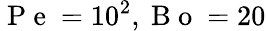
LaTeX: \mathrm{~P~e~}=10^{2},\mathrm{~B~o~}=20